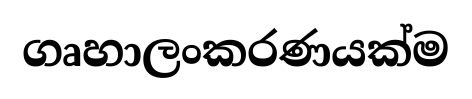
ගෘහාලංකරණයක්ම